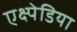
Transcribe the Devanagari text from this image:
एक्ष्पेडिया